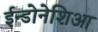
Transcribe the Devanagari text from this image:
ईन्डोनेशिआ